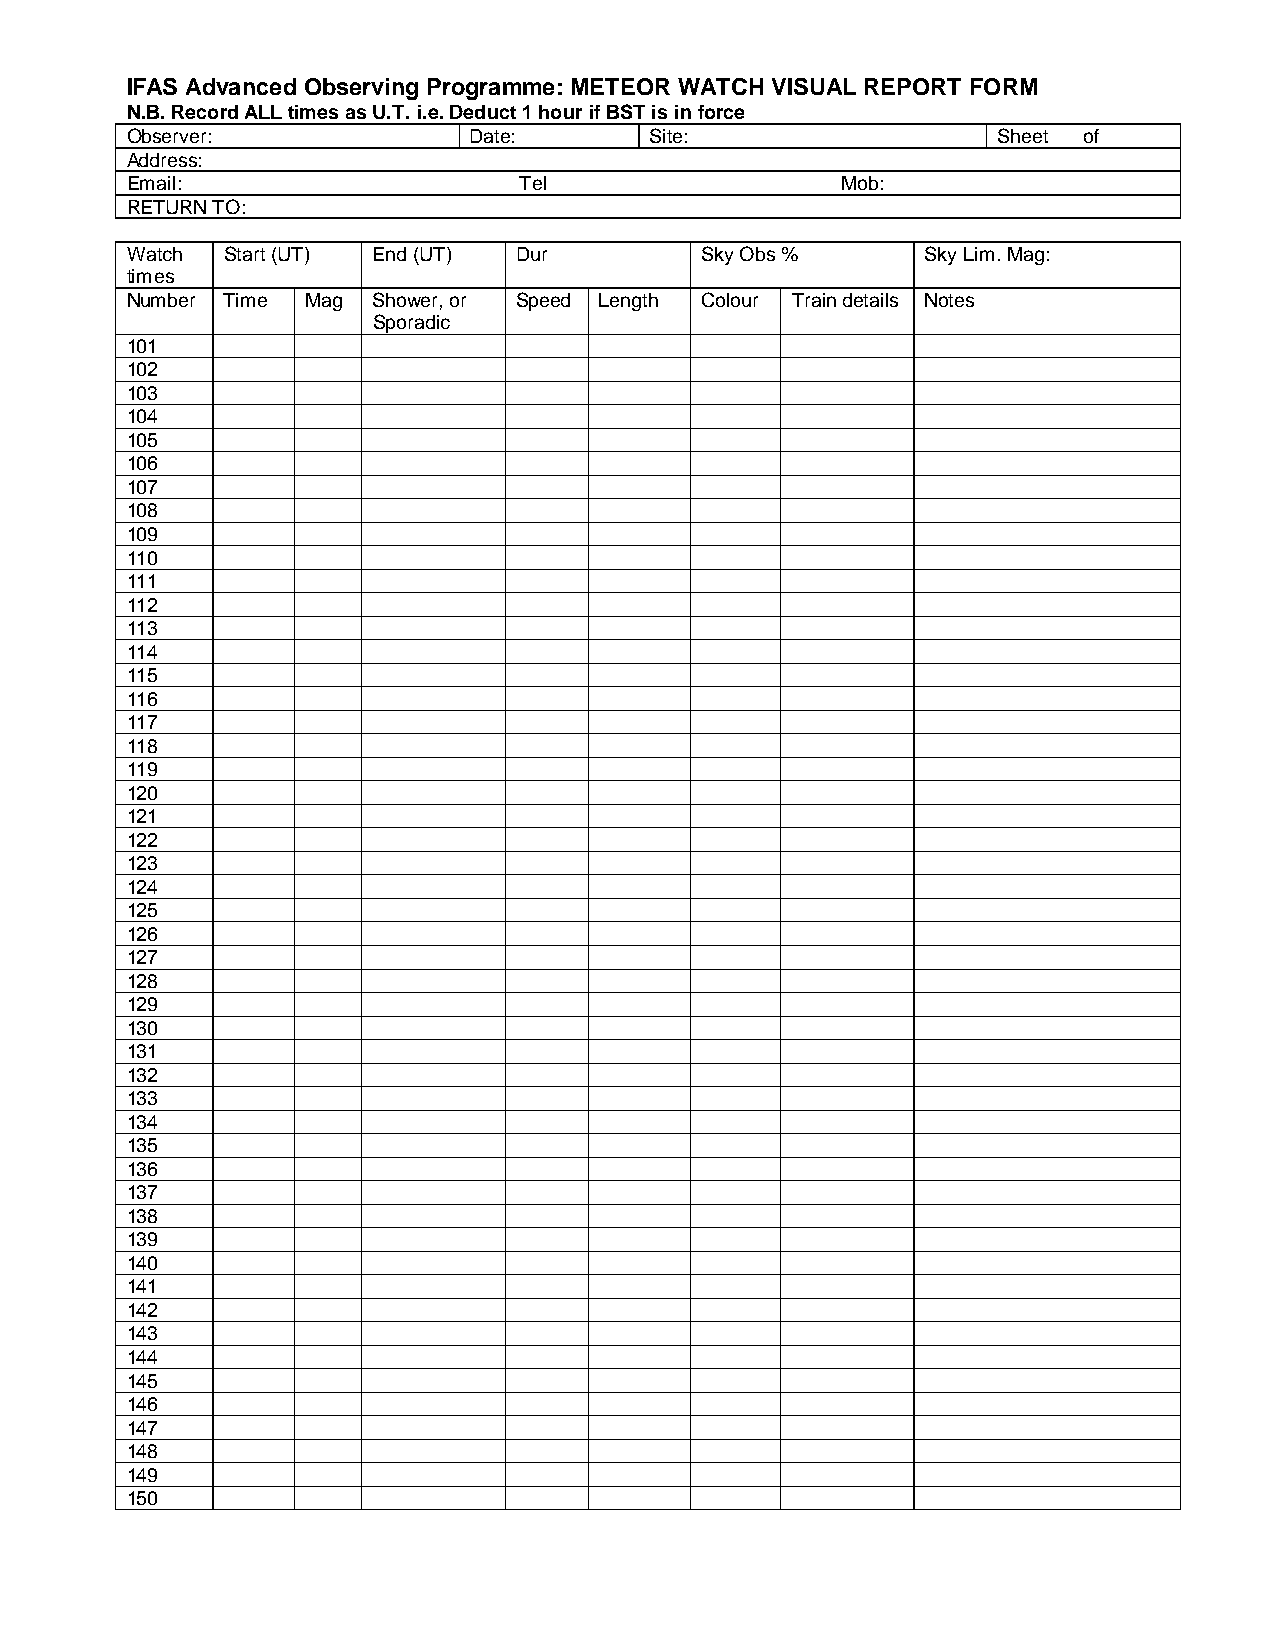
IFAS Advanced Observing Programme: METEOR WATCH VISUAL REPORT FORM
 N.B. Record ALL times as U.T. i.e. Deduct 1 hour if BST is in force
 Observer:              Date:       Site:                  Sheet of
 Address:
 Email:                    Tel                   Mob:
 RETURN TO:
 Watch  Start (UT) End (UT) Dur        Sky Obs %      Sky Lim. Mag:
 times
 Number Time Mag  Shower, or Speed Length Colour Train details Notes
 Sporadic
 101
 102
 103
 104
 105
 106
 107
 108
 109
 110
 111
 112
 113
 114
 115
 116
 117
 118
 119
 120
 121
 122
 123
 124
 125
 126
 127
 128
 129
 130
 131
 132
 133
 134
 135
 136
 137
 138
 139
 140
 141
 142
 143
 144
 145
 146
 147
 148
 149
 150